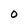
Character: O